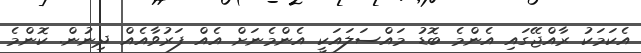
އެކަމަކު ރާއްޖޭގައި އެންމެ ބޮޑު މައްސަލައަކީ އެންމެނަށް އެއް ފަރުވާއެއް ދިނުން. ކޮންމެ